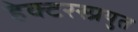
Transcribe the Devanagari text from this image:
हेक्टरस्प्रयुत